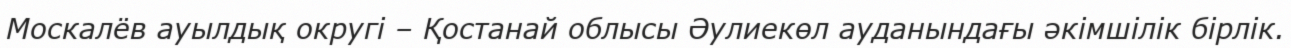
Москалёв ауылдық округі – Қостанай облысы Әулиекөл ауданындағы әкімшілік бірлік.